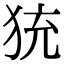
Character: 𤞀